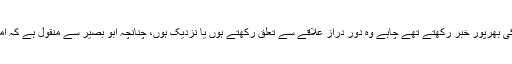
امام باقر علیہ السلام کی علمی جلالت کا ایک نمایاں پہلو یہ ہے کہ آپ اپنے چاہنے والوں کی بھرپور خبر رکھتے تھے چاہے وہ دور دراز علاقے سے تعلق رکھتے ہوں یا نزدیک ہوں، چنانچہ ابو بصیر سے منقول ہے کہ امام محمد باقر علیہ السلام نے ایک افریقی سے اپنے دوست راشد کے حالات دریافت کئے ۔